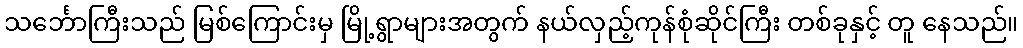
သင်္ဘောကြီးသည် မြစ်ကြောင်းမှ မြို့ရွာများအတွက် နယ်လှည့်ကုန်စုံဆိုင်ကြီး တစ်ခုနှင့် တူ နေသည်။